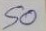
50